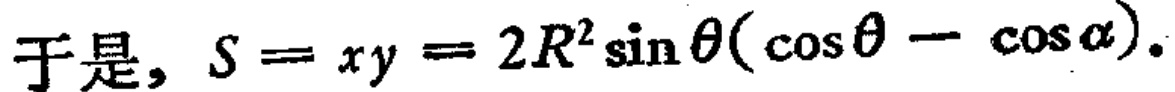
于是，\(S = xy = 2R^{2}\sin\theta(\cos\theta - \cos\alpha)\)。